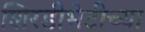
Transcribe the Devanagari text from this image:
शिरडीभेटीच्या